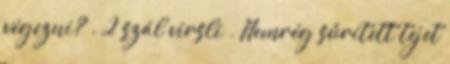
végezni? . 2 szál virsli . Nemrég sűrített tejet